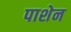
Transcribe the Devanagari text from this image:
पाशेन